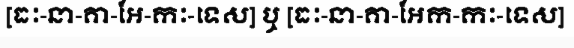
[ធៈ-នា-គា-អែ-កៈ-ទេស] ឬ [ធៈ-នា-គា-អែក-កៈ-ទេស]